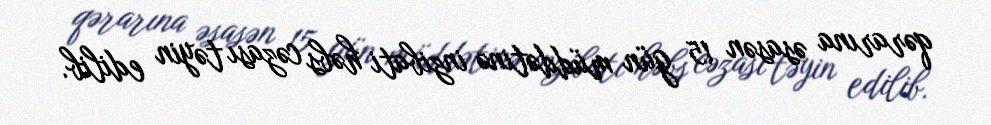
qərarına əsasən 15 gün müddətinə inzibati həbs cəzası təyin edilib.